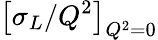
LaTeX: \left[\sigma_{L}/Q^{2}\right]_{Q^{2}=0}